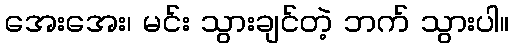
အေးအေး၊ မင်း သွားချင်တဲ့ ဘက် သွားပါ။